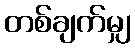
တစ်ချက်မျှ